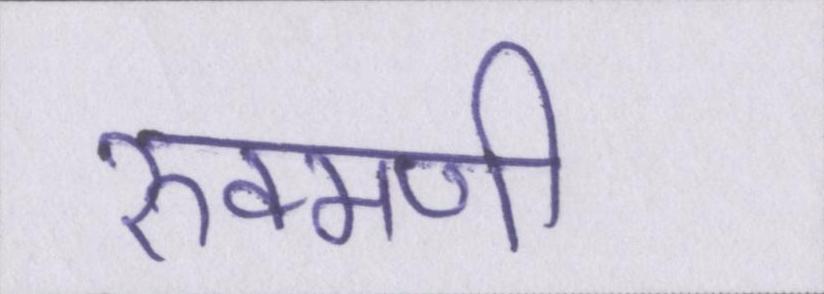
रुक्मणी